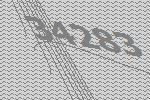
34283